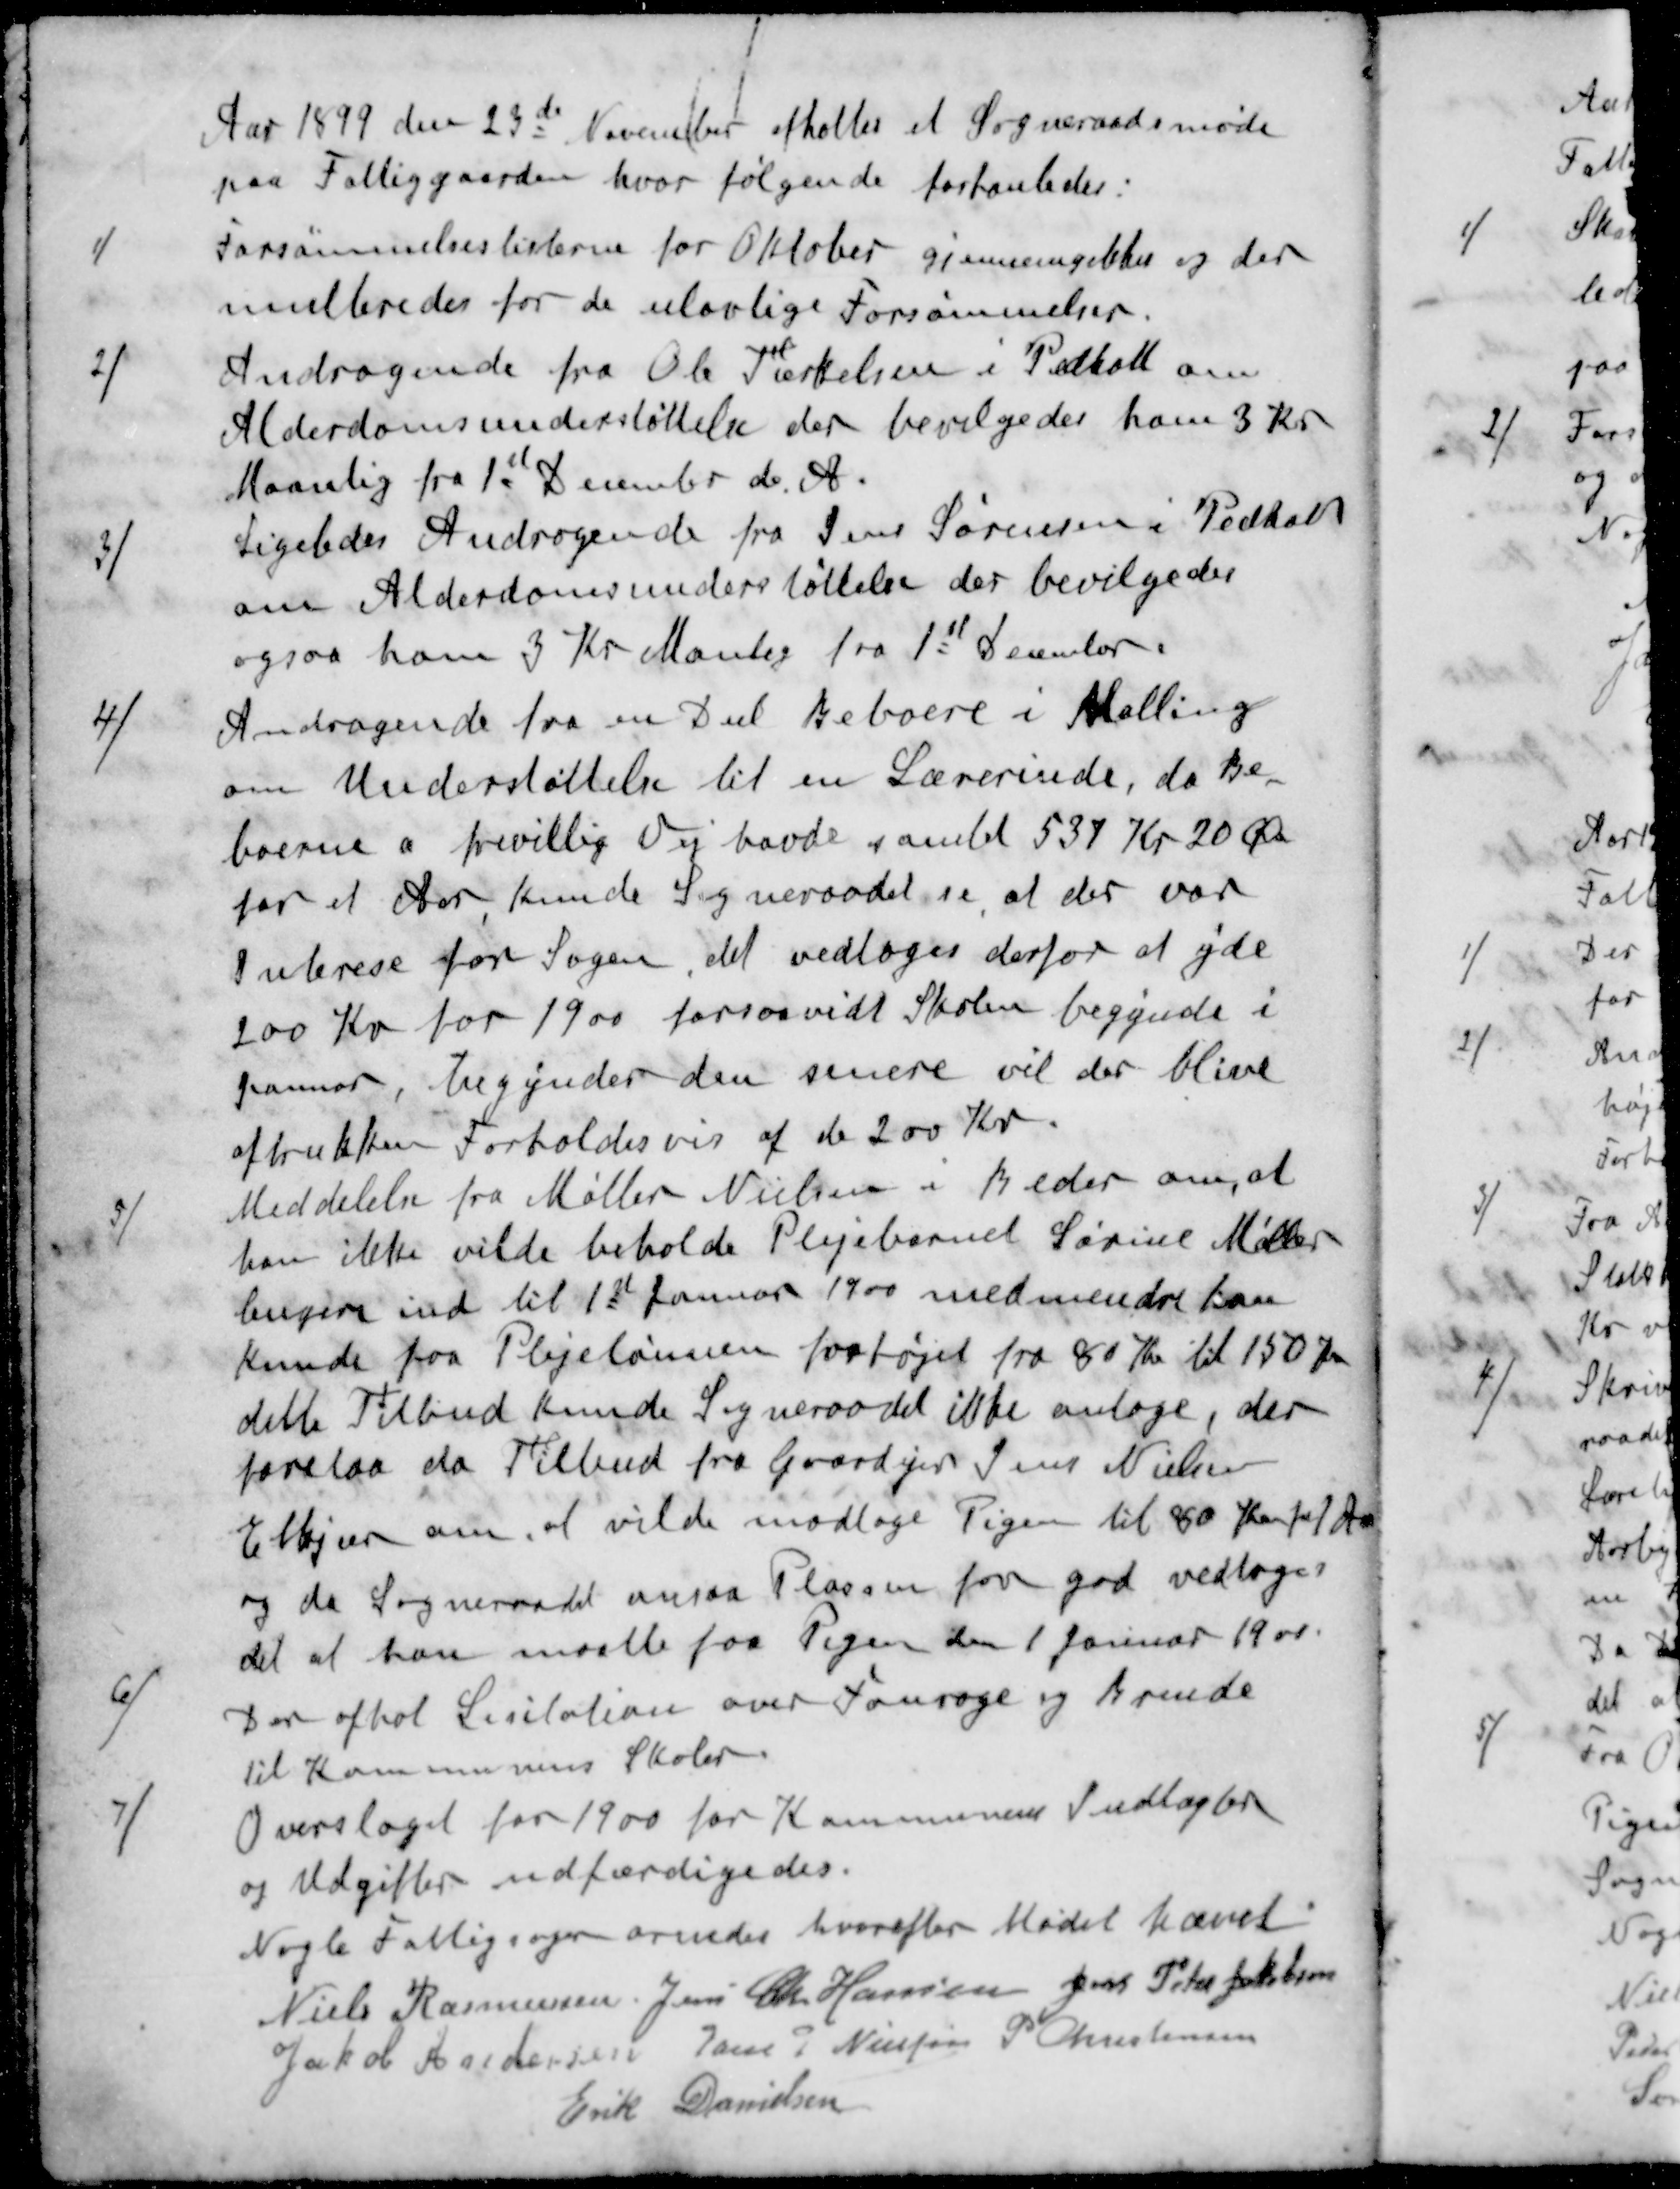
Transskription:
Aar 1899 den 23de November afholtes et Sogneraadsmøde
paa Fattiggaarden hvor følgende forhanledes:
1 / Forsømmelseslisterne for Oktober gjennemgikkes og der
multeredes for de ulovlige Forsømmelser.
2 / Andragende fra Ole Tærkelsen i Pedholt om
Alderdomsunderstøttelse der bevilgedes ham 3 Kr
Maanlig fra 1st December d. A.
3 / Ligeledes Andragende fra Jens Sørensen i Pedholt
om Alderdomsunderstøttelse der bevilgedes
ogsaa ham 3 Kr Manlig fra 1st December.
4 / Andragende fra en Del Beboere i Malling
om Understøttelse til en Lærerinde, da Be
boerne a frevillig Vej havde gamlet 537 Kr 20 Øre
for et Aar kunde Sogneraadet se, at der var
Interese for Sagen, det vedtoges derfor at yde
200 Kr for 1900 forsaavidt Skolen begynde i
Januar, begynder den senere vil der blive
aftrukken Forholdsvis af de 200 Kr.
5 / Meddelelse fra Møller Nielsen i Beder om, at
han ikke vilde beholde Plejebarnet Sørine Møller
længere ind til 1st Januar 1900 medmindre kan
kunde paa Plejelønnen forhøjet fra 80 Kr. til 150 Kr
dette Tilbud kunde Sogneraadet ikke antage, der
forelaa da Tilbud fra Gaardejer Jens Nielsen
Elkjær om, at vilde modtage Pigen til 80 Kr for Aar
og da Sogneraadet ansaa Plassen for god vedtoges
det at han maatte faa Pigen den 1 Januar 1900.
6 / Der afhol Licitation over Fourage og Brænde
til Kommunens Skoler.
7 / Overslaget for 1900 for Kommunens Indtægter
og Udgifter udfærdigedes.
Nogle Fattigsager ornedes hvorefter Mødet hævet
Niels Rasmussen
Jens Chr. Hansen
Jens Peter Jakobsen
Jakob Andersen
Poul P Nielsen
P Christensen
Erik Danielsen